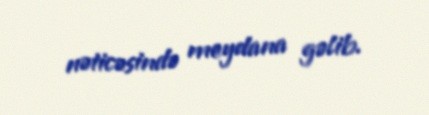
nəticəsində meydana gəlib.